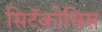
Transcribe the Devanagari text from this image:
सिटॅकोसिस